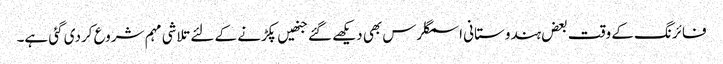
فائرنگ کے وقت بعض ہندوستانی اسمگلرس بھی دیکھے گئے جنھیں پکڑنے کے لئے تلاشی مہم شروع کردی گئی ہے۔